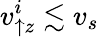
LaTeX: v_{\uparrow z}^{i}\lesssim v_{s}